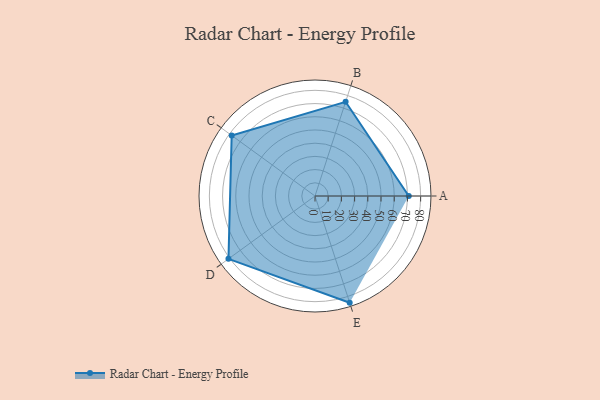
{"axis": {"x": "Skill", "y": "Score"}, "legend": ["Profile"], "data": [{"x": "A", "y": 71.0, "type": "Profile"}, {"x": "B", "y": 75.0, "type": "Profile"}, {"x": "C", "y": 78.0, "type": "Profile"}, {"x": "D", "y": 81.0, "type": "Profile"}, {"x": "E", "y": 85.0, "type": "Profile"}]}